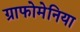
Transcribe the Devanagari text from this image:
ग्राफोमेनिया